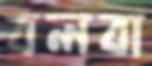
বলবা